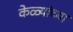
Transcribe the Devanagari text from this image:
केळ्यांच्या